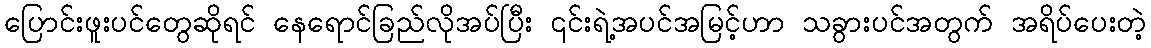
ပြောင်းဖူးပင်တွေဆိုရင် နေရောင်ခြည်လိုအပ်ပြီး ၎င်းရဲ့အပင်အမြင့်ဟာ သခွားပင်အတွက် အရိပ်ပေးတဲ့